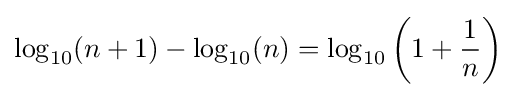
\log _{10}(n+1)-\log _{10}(n)=\log _{10}\left(1+{\frac {1}{n}}\right)